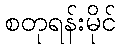
စတုရန်းမိုင်